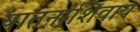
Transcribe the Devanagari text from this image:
यातनांशिवाय